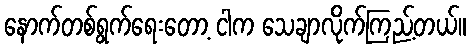
နောက်တစ်ရွက်ရေးတော့ ငါက သေချာလိုက်ကြည့်တယ်။